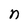
Character: n